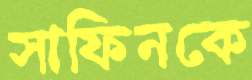
সাফিনকে